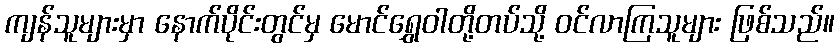
ကျန်သူများမှာ နောက်ပိုင်းတွင်မှ မောင်ရွှေဝါတို့တပ်သို့ ဝင်လာကြသူများ ဖြစ်သည်။